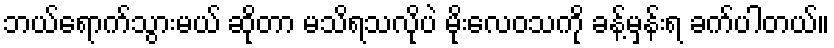
ဘယ်ရောက်သွားမယ် ဆိုတာ မသိရသလိုပဲ မိုးလေဝသကို ခန့်မှန်းရ ခက်ပါတယ်။